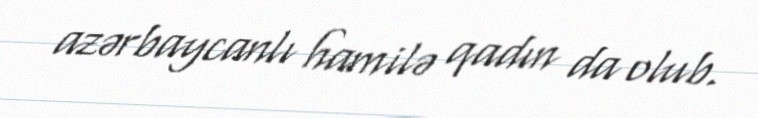
azərbaycanlı hamilə qadın da olub.